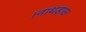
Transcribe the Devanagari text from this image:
।नाथड़ाऊ